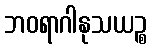
ဘဝရာဂါနုသယဉ္စ